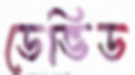
ডেভিড